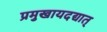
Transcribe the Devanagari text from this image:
प्रमुखायदद्यात्